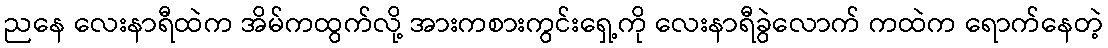
ညနေ လေးနာရီထဲက အိမ်ကထွက်လို့ အားကစားကွင်းရှေ့ကို လေးနာရီခွဲလောက် ကထဲက ရောက်နေတဲ့